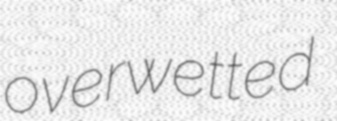
overwetted